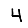
Digit: 4